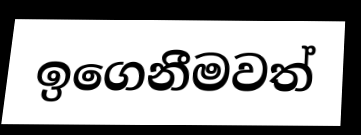
ඉගෙනීමවත්